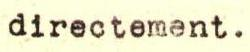
directement.